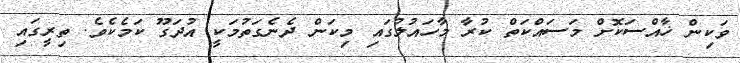
ވަކިން ޚާއްސަކޮށް މަސައްކަތް ކުރާ މާހައުލުގައި މިކަން ދެނެގަތުމަކީ އުދަގޫ ކަމެކެވެ. ތިރީގައި